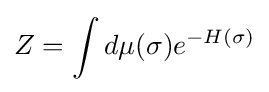
Z=\int d\mu (\sigma )e^{-H(\sigma )}